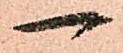
一